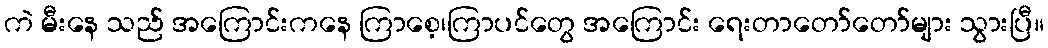
ကဲ မီးနေ သည် အကြောင်းကနေ ကြာစေ့၊ကြာပင်တွေ အကြောင်း ရေးတာတော်တော်များ သွားပြီ။